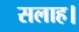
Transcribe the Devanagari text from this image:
सलाह।